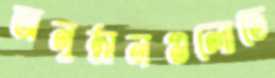
অনুষ্ঠানগুলোতে